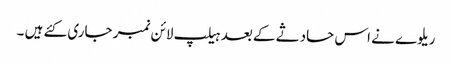
ریلوے نے اس حادثے کے بعد ہیلپ لائن نمبر جاری کئے ہیں ۔